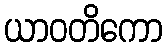
ယာဝတိကော